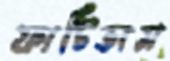
ফাটিতাম